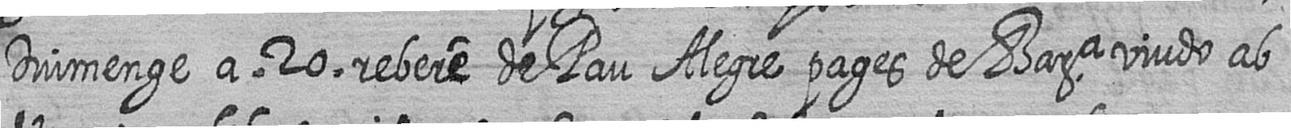
Diumenge a 20 rebere de Pau Alegre pages de Bara viudo ab